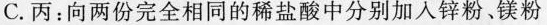
C.丙：向两份完全相同的稀盐酸中分别加入锌粉。镁粉